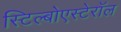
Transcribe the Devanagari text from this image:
स्टिल्बोएस्टेरॉल